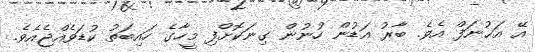
އޭ އަޙުނަފް އެވެ. ބާރު އަޑުން ހުނުން ގިނަކޮށްފި މީހާގެ ހައިބަތު ކުޑަވެއްޖެއެވެ.